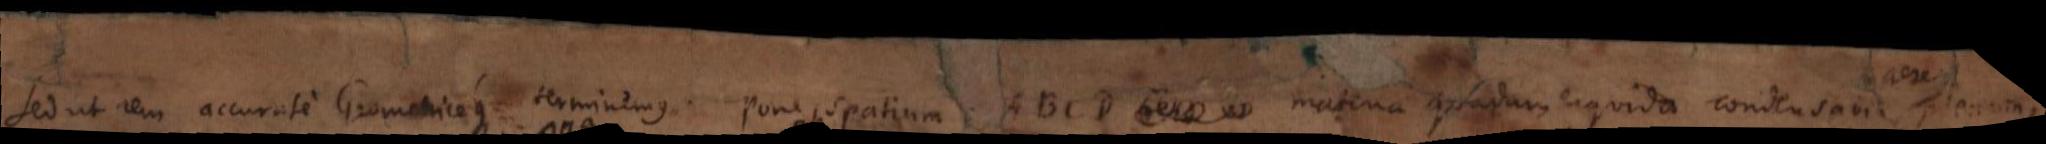
Sed ut rem accurate Geometriceque terminemus, pone spatium ABCD materia quadam liquida condensabitur plenum,